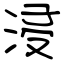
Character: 浸